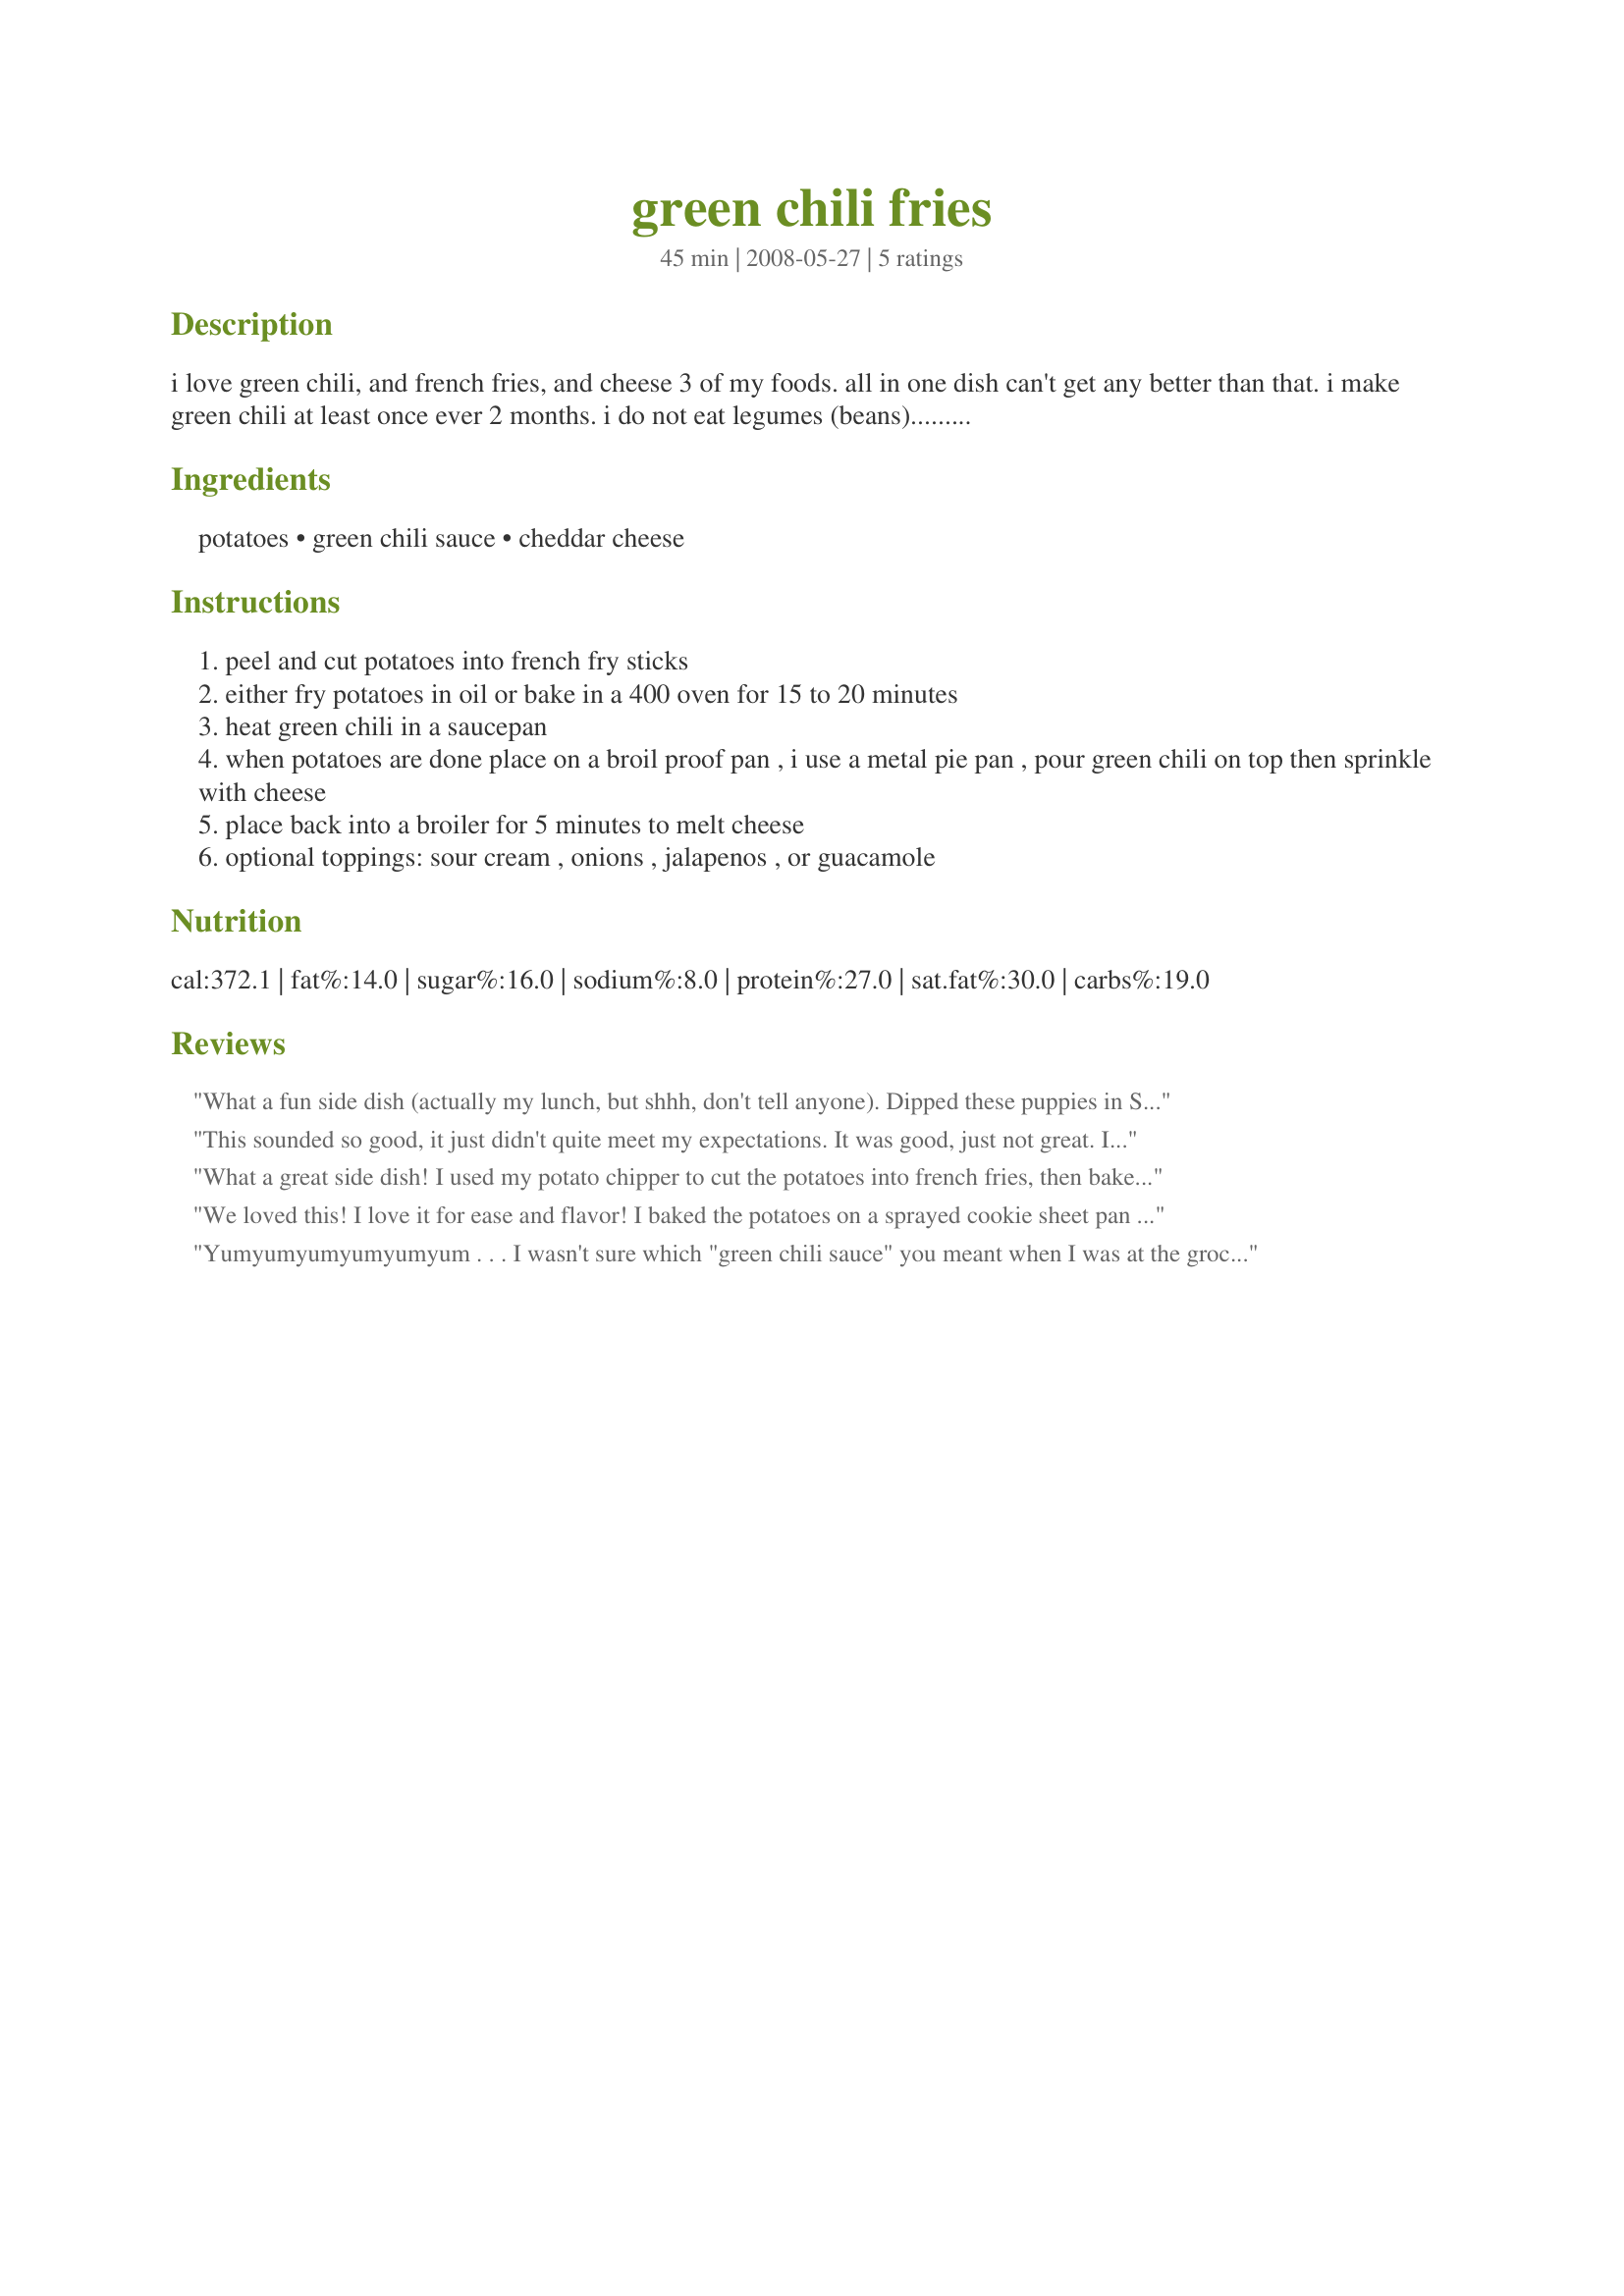
green chili fries
Preparation time: 45 minutes

i love green chili, and french fries, and cheese 3 of my foods. all in one dish can't get any better than that. i make green chili at least once ever 2 months. i do not eat legumes (beans)......except for green beans. any way this is how i like to make my chili cheese fries. hope you all enjoy.

Ingredients:
potatoes, green chili sauce, cheddar cheese

Steps:
peel and cut potatoes into french fry sticks
either fry potatoes in oil or bake in a 400 oven for 15 to 20 minutes
heat green chili in a saucepan
when potatoes are done place on a broil proof pan , i use a metal pie pan , pour green chili on top then sprinkle with cheese
place back into a broiler for 5 minutes to melt cheese
optional toppings: sour cream , onions , jalapenos , or guacamole

Reviews:
What a fun side dish (actually my lunch, but shhh, don't tell anyone). Dipped these puppies in Salsa instead of ketchup and they are a real winner. For the Chili Sauce, I made up a batch of Recipe #18048 because there was none in my local grocery store. I did cheat and used Ore Ida frozen Extra Crispy fries. Made for ZWT4.
This sounded so good, it just didn't quite meet my expectations. It was good, just not great. I used roasted potatoes cut in cubes. Sounds great, just not what I expected; others should definitely give it a try.
What a great side dish! I used my potato chipper to cut the potatoes into french fries, then baked them in the oven before putting them in a pie dish and topping with the green chili sauce and cheese. To finish it, I topped it with some sour cream, guac and a few jalapenos. Delicious!
We loved this! I love it for ease and flavor! I baked the potatoes on a sprayed cookie sheet pan for 20 minutes. Didn`t heat the chili sauce,(I used just a can of green chili`s) Spread them on 4 medium potatoes and then topped with a taco blend of cheese. Nothing else is needed. 
This is the thing I would have loved after club-ing all night. Remember those days? Clubs then hitting the greasy spoon after! I don`t know how we did it! Thanks for an easy recipe and memories.
Yumyumyumyumyumyum . . . I wasn't sure which "green chili sauce" you meant when I was at the grocery store, and after looking at green chili paste, green chili hot sauce, green chili enchilada sauce, green chiles, and green chili salsa, I decided to go with the salsa. I'm not sure if that's what you meant, but it was GOOD! I cut my potatoes into thick wedges, sprayed them heavily with cooking spray, and they probably took an hour to bake. I then promptly forgot to heat the salsa. Ah, well. After the broiling, this was so good, I don't think it would have been better if I did. I am very glad there are leftovers! Thank you for posting, Made for ZWT4.
